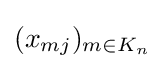
(x_{mj})_{m\in K_{n}}